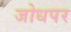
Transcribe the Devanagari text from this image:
जोधपर